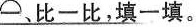
一、比一比，填一填。